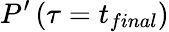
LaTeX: P^{\prime}\left(\tau=t_{final}\right)